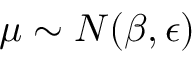
\mu \sim N ( \beta , \epsilon )